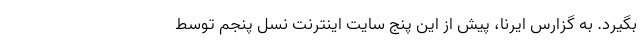
بگیرد. به گزارس ایرنا، پیش از این پنج سایت اینترنت نسل پنجم توسط